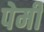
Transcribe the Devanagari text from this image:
पेर्मी